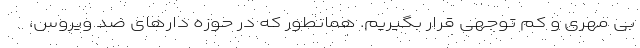
بی مهری و کم توجهی قرار بگیریم. همانطور که در حوزه دارهای ضد ویروس،